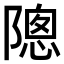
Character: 𬯗